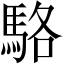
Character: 駱